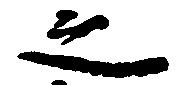
之